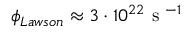
\phi _ { L a w s o n } \approx 3 \cdot 1 0 ^ { 2 2 } \mathrm { ~ s ~ } ^ { - 1 }